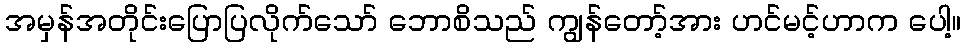
အမှန်အတိုင်းပြောပြလိုက်သော် ဘောစိသည် ကျွန်တော့်အား ဟင်မင့်ဟာက ပေါ့။